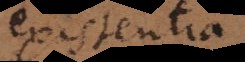
existentia